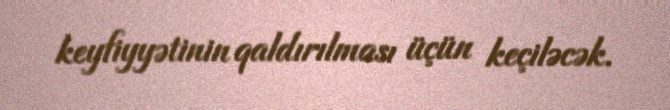
keyfiyyətinin qaldırılması üçün keçiləcək.